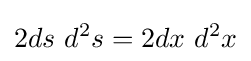
2ds\ d^{2}s=2dx\ d^{2}x